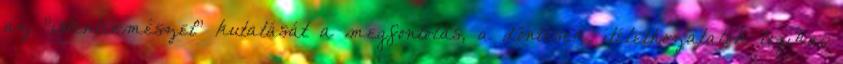
az "istentermészet" kutatását a megfontolás, a döntések, ítélethozatalok logikai